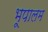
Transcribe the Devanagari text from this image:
भूपालम